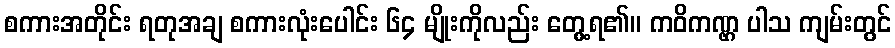
စကားအတိုင်း ရတုအချ စကားလုံးပေါင်း ၆၄ မျိုးကိုလည်း တွေ့ရ၏။ ကဝိကဏ္ဌ ပါသ ကျမ်းတွင်